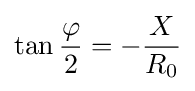
\tan {\frac {\varphi }{2}}=-{\frac {X}{R_{0}}}